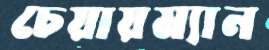
চেয়ায়ম্যান